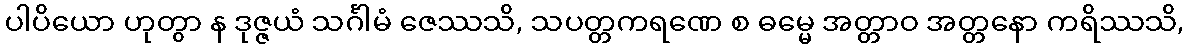
ပါပိယော ဟုတွာ န ဒုဇ္ဇယံ သင်္ဂါမံ ဇေဿသိ, သပတ္တကရဏေ စ ဓမ္မေ အတ္တာဝ အတ္တနော ကရိဿသိ,